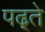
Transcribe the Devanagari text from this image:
पढ़्ते